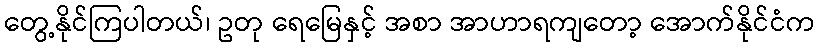
တွေ့နိုင်ကြပါတယ်၊ ဥတု ရေမြေနှင့် အစာ အာဟာရကျတော့ အောက်နိုင်ငံက